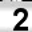
Digit: 2